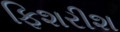
ફિશરીશ